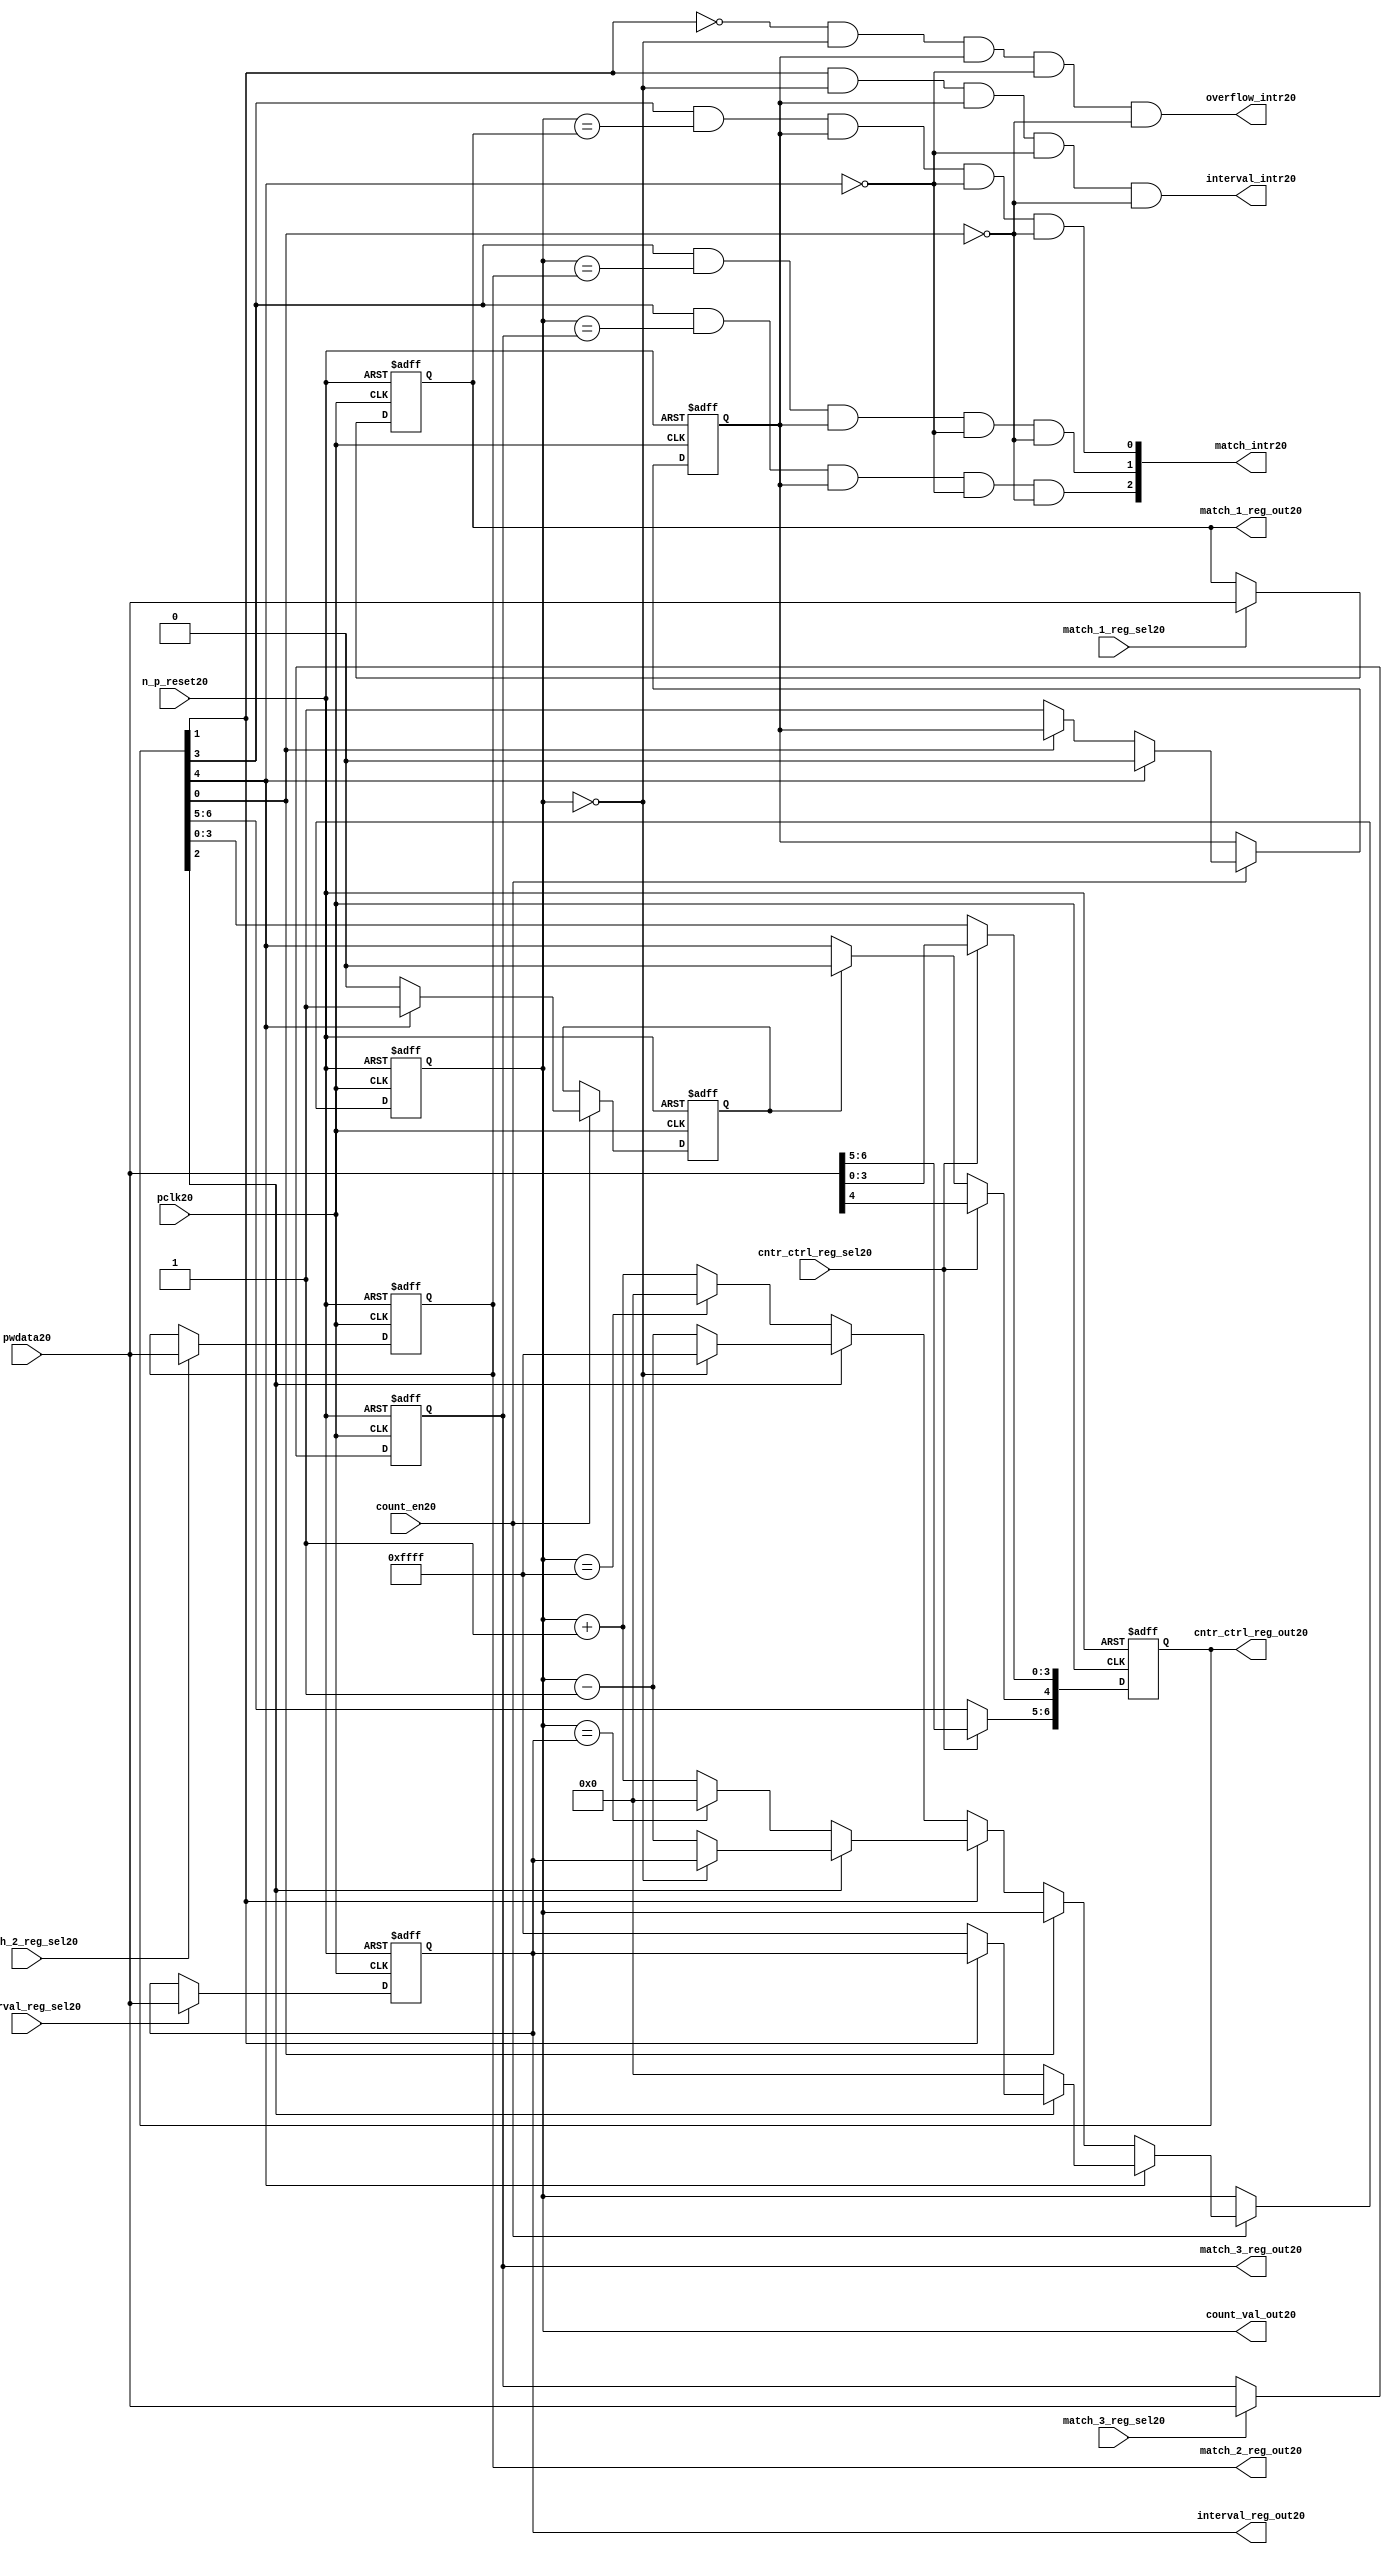
//File20 name   : ttc_counter_lite20.v
//Title20       : 
//Created20     : 1999
//Description20 :The counter can increment and decrement.
//   In increment mode instead of counting20 to its full 16 bit
//   value the counter counts20 up to or down from a programmed20 interval20 value.
//   Interrupts20 are issued20 when the counter overflows20 or reaches20 it's interval20
//   value. In match mode if the count value equals20 that stored20 in one of three20
//   match registers an interrupt20 is issued20.
//Notes20       : 
//----------------------------------------------------------------------
//   Copyright20 1999-2010 Cadence20 Design20 Systems20, Inc20.
//   All Rights20 Reserved20 Worldwide20
//
//   Licensed20 under the Apache20 License20, Version20 2.0 (the
//   "License20"); you may not use this file except20 in
//   compliance20 with the License20.  You may obtain20 a copy of
//   the License20 at
//
//       http20://www20.apache20.org20/licenses20/LICENSE20-2.0
//
//   Unless20 required20 by applicable20 law20 or agreed20 to in
//   writing, software20 distributed20 under the License20 is
//   distributed20 on an "AS20 IS20" BASIS20, WITHOUT20 WARRANTIES20 OR20
//   CONDITIONS20 OF20 ANY20 KIND20, either20 express20 or implied20.  See
//   the License20 for the specific20 language20 governing20
//   permissions20 and limitations20 under the License20.
//----------------------------------------------------------------------
//


module ttc_counter_lite20(

  //inputs20
  n_p_reset20,    
  pclk20,          
  pwdata20,              
  count_en20,
  cntr_ctrl_reg_sel20, 
  interval_reg_sel20,
  match_1_reg_sel20,
  match_2_reg_sel20,
  match_3_reg_sel20,         

  //outputs20    
  count_val_out20,
  cntr_ctrl_reg_out20,
  interval_reg_out20,
  match_1_reg_out20,
  match_2_reg_out20,
  match_3_reg_out20,
  interval_intr20,
  match_intr20,
  overflow_intr20

);


//--------------------------------------------------------------------
// PORT DECLARATIONS20
//--------------------------------------------------------------------

   //inputs20
   input          n_p_reset20;         //reset signal20
   input          pclk20;              //System20 Clock20
   input [15:0]   pwdata20;            //6 Bit20 data signal20
   input          count_en20;          //Count20 enable signal20
   input          cntr_ctrl_reg_sel20; //Select20 bit for ctrl_reg20
   input          interval_reg_sel20;  //Interval20 Select20 Register
   input          match_1_reg_sel20;   //Match20 1 Select20 register
   input          match_2_reg_sel20;   //Match20 2 Select20 register
   input          match_3_reg_sel20;   //Match20 3 Select20 register

   //outputs20
   output [15:0]  count_val_out20;        //Value for counter reg
   output [6:0]   cntr_ctrl_reg_out20;    //Counter20 control20 reg select20
   output [15:0]  interval_reg_out20;     //Interval20 reg
   output [15:0]  match_1_reg_out20;      //Match20 1 register
   output [15:0]  match_2_reg_out20;      //Match20 2 register
   output [15:0]  match_3_reg_out20;      //Match20 3 register
   output         interval_intr20;        //Interval20 interrupt20
   output [3:1]   match_intr20;           //Match20 interrupt20
   output         overflow_intr20;        //Overflow20 interrupt20

//--------------------------------------------------------------------
// Internal Signals20 & Registers20
//--------------------------------------------------------------------

   reg [6:0]      cntr_ctrl_reg20;     // 5-bit Counter20 Control20 Register
   reg [15:0]     interval_reg20;      //16-bit Interval20 Register 
   reg [15:0]     match_1_reg20;       //16-bit Match_120 Register
   reg [15:0]     match_2_reg20;       //16-bit Match_220 Register
   reg [15:0]     match_3_reg20;       //16-bit Match_320 Register
   reg [15:0]     count_val20;         //16-bit counter value register
                                                                      
   
   reg            counting20;          //counter has starting counting20
   reg            restart_temp20;   //ensures20 soft20 reset lasts20 1 cycle    
   
   wire [6:0]     cntr_ctrl_reg_out20; //7-bit Counter20 Control20 Register
   wire [15:0]    interval_reg_out20;  //16-bit Interval20 Register 
   wire [15:0]    match_1_reg_out20;   //16-bit Match_120 Register
   wire [15:0]    match_2_reg_out20;   //16-bit Match_220 Register
   wire [15:0]    match_3_reg_out20;   //16-bit Match_320 Register
   wire [15:0]    count_val_out20;     //16-bit counter value register

//-------------------------------------------------------------------
// Assign20 output wires20
//-------------------------------------------------------------------

   assign cntr_ctrl_reg_out20 = cntr_ctrl_reg20;    // 7-bit Counter20 Control20
   assign interval_reg_out20  = interval_reg20;     // 16-bit Interval20
   assign match_1_reg_out20   = match_1_reg20;      // 16-bit Match_120
   assign match_2_reg_out20   = match_2_reg20;      // 16-bit Match_220 
   assign match_3_reg_out20   = match_3_reg20;      // 16-bit Match_320 
   assign count_val_out20     = count_val20;        // 16-bit counter value
   
//--------------------------------------------------------------------
// Assigning20 interrupts20
//--------------------------------------------------------------------

   assign interval_intr20 =  cntr_ctrl_reg20[1] & (count_val20 == 16'h0000)
      & (counting20) & ~cntr_ctrl_reg20[4] & ~cntr_ctrl_reg20[0];
   assign overflow_intr20 = ~cntr_ctrl_reg20[1] & (count_val20 == 16'h0000)
      & (counting20) & ~cntr_ctrl_reg20[4] & ~cntr_ctrl_reg20[0];
   assign match_intr20[1]  =  cntr_ctrl_reg20[3] & (count_val20 == match_1_reg20)
      & (counting20) & ~cntr_ctrl_reg20[4] & ~cntr_ctrl_reg20[0];
   assign match_intr20[2]  =  cntr_ctrl_reg20[3] & (count_val20 == match_2_reg20)
      & (counting20) & ~cntr_ctrl_reg20[4] & ~cntr_ctrl_reg20[0];
   assign match_intr20[3]  =  cntr_ctrl_reg20[3] & (count_val20 == match_3_reg20)
      & (counting20) & ~cntr_ctrl_reg20[4] & ~cntr_ctrl_reg20[0];


//    p_reg_ctrl20: Process20 to write to the counter control20 registers
//    cntr_ctrl_reg20 decode:  0 - Counter20 Enable20 Active20 Low20
//                           1 - Interval20 Mode20 =1, Overflow20 =0
//                           2 - Decrement20 Mode20
//                           3 - Match20 Mode20
//                           4 - Restart20
//                           5 - Waveform20 enable active low20
//                           6 - Waveform20 polarity20
   
   always @ (posedge pclk20 or negedge n_p_reset20)
   begin: p_reg_ctrl20  // Register writes
      
      if (!n_p_reset20)                                   
      begin                                     
         cntr_ctrl_reg20 <= 7'b0000001;
         interval_reg20  <= 16'h0000;
         match_1_reg20   <= 16'h0000;
         match_2_reg20   <= 16'h0000;
         match_3_reg20   <= 16'h0000;  
      end    
      else 
      begin
         if (cntr_ctrl_reg_sel20)
            cntr_ctrl_reg20 <= pwdata20[6:0];
         else if (restart_temp20)
            cntr_ctrl_reg20[4]  <= 1'b0;    
         else 
            cntr_ctrl_reg20 <= cntr_ctrl_reg20;             

         interval_reg20  <= (interval_reg_sel20) ? pwdata20 : interval_reg20;
         match_1_reg20   <= (match_1_reg_sel20)  ? pwdata20 : match_1_reg20;
         match_2_reg20   <= (match_2_reg_sel20)  ? pwdata20 : match_2_reg20;
         match_3_reg20   <= (match_3_reg_sel20)  ? pwdata20 : match_3_reg20;   
      end
      
   end  //p_reg_ctrl20

   
//    p_cntr20: Process20 to increment or decrement the counter on receiving20 a 
//            count_en20 signal20 from the pre_scaler20. Count20 can be restarted20
//            or disabled and can overflow20 at a specified interval20 value.
   
   
   always @ (posedge pclk20 or negedge n_p_reset20)
   begin: p_cntr20   // Counter20 block

      if (!n_p_reset20)     //System20 Reset20
      begin                     
         count_val20 <= 16'h0000;
         counting20  <= 1'b0;
         restart_temp20 <= 1'b0;
      end
      else if (count_en20)
      begin
         
         if (cntr_ctrl_reg20[4])     //Restart20
         begin     
            if (~cntr_ctrl_reg20[2])  
               count_val20         <= 16'h0000;
            else
            begin
              if (cntr_ctrl_reg20[1])
                 count_val20         <= interval_reg20;     
              else
                 count_val20         <= 16'hFFFF;     
            end
            counting20       <= 1'b0;
            restart_temp20   <= 1'b1;

         end
         else 
         begin
            if (!cntr_ctrl_reg20[0])          //Low20 Active20 Counter20 Enable20
            begin

               if (cntr_ctrl_reg20[1])  //Interval20               
                  if (cntr_ctrl_reg20[2])  //Decrement20        
                  begin
                     if (count_val20 == 16'h0000)
                        count_val20 <= interval_reg20;  //Assumed20 Static20
                     else
                        count_val20 <= count_val20 - 16'h0001;
                  end
                  else                   //Increment20
                  begin
                     if (count_val20 == interval_reg20)
                        count_val20 <= 16'h0000;
                     else           
                        count_val20 <= count_val20 + 16'h0001;
                  end
               else    
               begin  //Overflow20
                  if (cntr_ctrl_reg20[2])   //Decrement20
                  begin
                     if (count_val20 == 16'h0000)
                        count_val20 <= 16'hFFFF;
                     else           
                        count_val20 <= count_val20 - 16'h0001;
                  end
                  else                    //Increment20
                  begin
                     if (count_val20 == 16'hFFFF)
                        count_val20 <= 16'h0000;
                     else           
                        count_val20 <= count_val20 + 16'h0001;
                  end 
               end
               counting20  <= 1'b1;
            end     
            else
               count_val20 <= count_val20;   //Disabled20
   
            restart_temp20 <= 1'b0;
      
         end
     
      end // if (count_en20)

      else
      begin
         count_val20    <= count_val20;
         counting20     <= counting20;
         restart_temp20 <= restart_temp20;               
      end
     
   end  //p_cntr20

endmodule